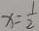
x = \frac { 1 } { 2 }